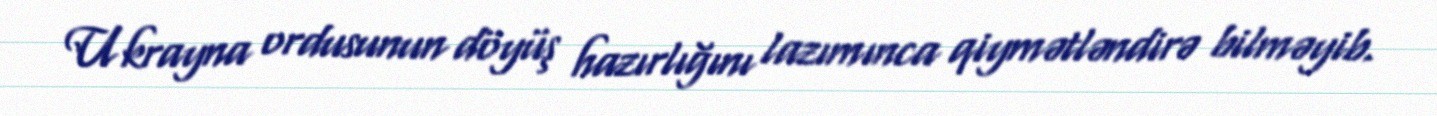
Ukrayna ordusunun döyüş hazırlığını lazımınca qiymətləndirə bilməyib.